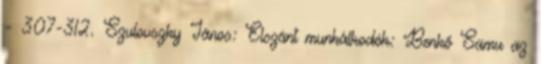
– 307-312. Szulovszky János: Elszánt munkálkodók: Benkő Samu az